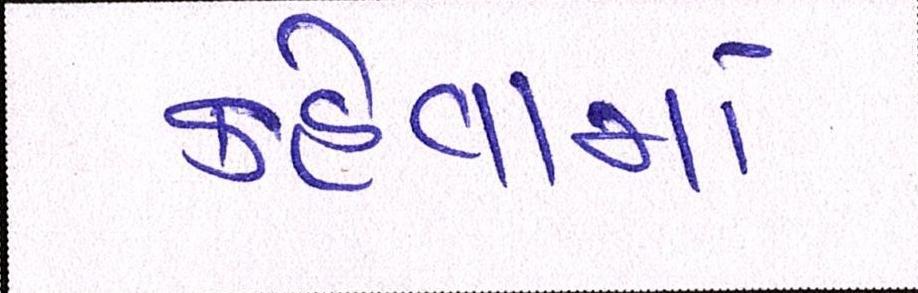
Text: કહેવામાં